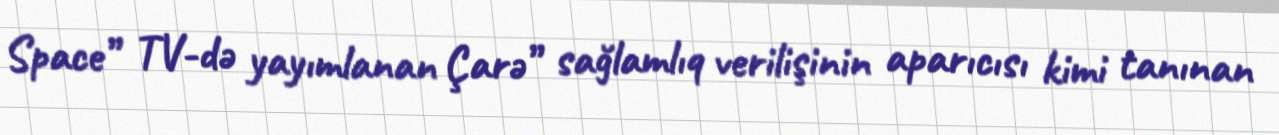
Space” TV-də yayımlanan Çarə” sağlamlıq verilişinin aparıcısı kimi tanınan